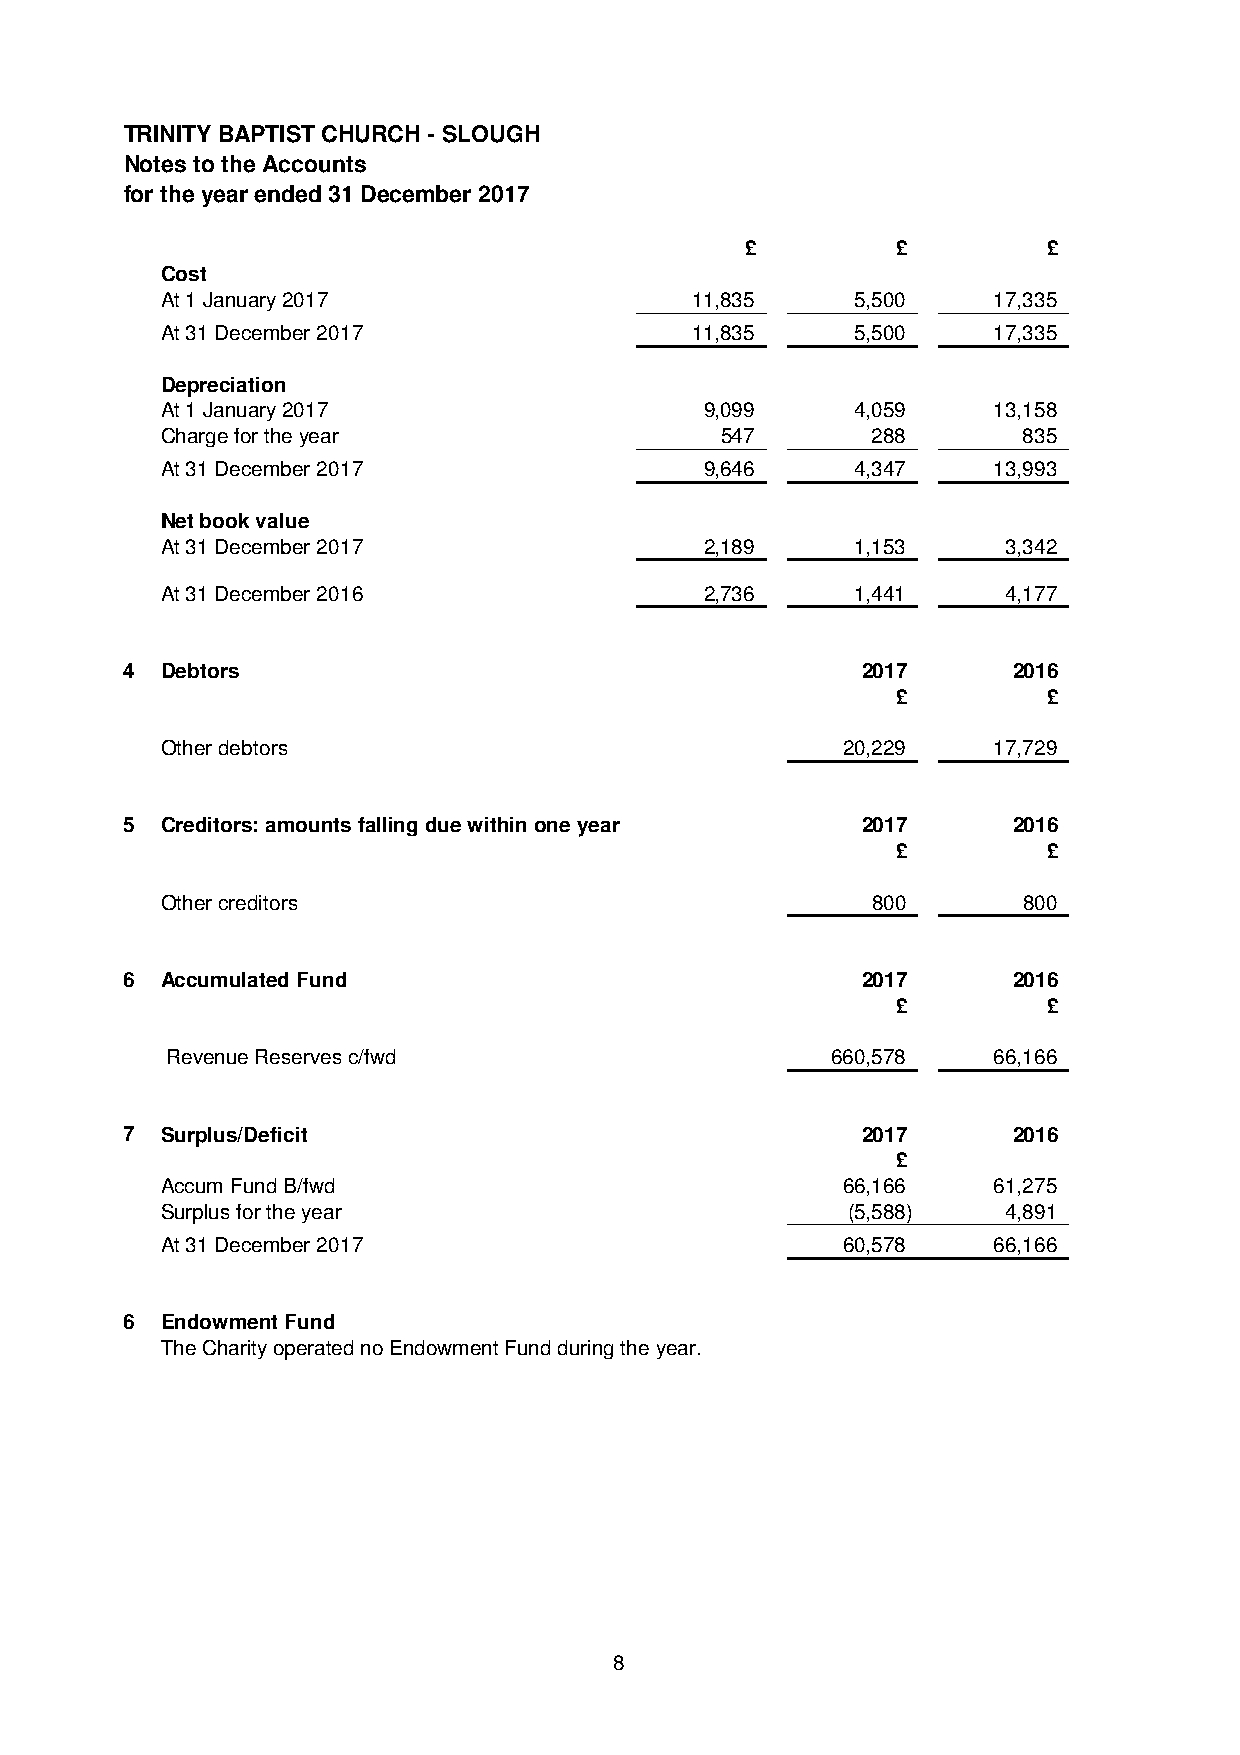
TRINITY BAPTIST CHURCH - SLOUGH
 Notes to the Accounts
 for the year ended 31 December 2017
 £         £         £
 Cost
 At 1 January 2017                  11,835     5,500    17,335
 At 31 December 2017                11,835     5,500    17,335
 Depreciation
 At 1 January 2017                   9,099     4,059    13,158
 Charge for the year                  547       288       835
 At 31 December 2017                 9,646     4,347    13,993
 Net book value
 At 31 December 2017                 2,189     1,153     3,342
 At 31 December 2016                 2,736     1,441     4,177
 4  Debtors                                       2017      2016
 £         £
 Other debtors                                20,229    17,729
 5  Creditors: amounts falling due within one year 2017     2016
 £         £
 OOtthheerr ccrreeddiittoorrss                  880000    880000
 6  Accumulated Fund                              2017      2016
 £         £
 Revenue Reserves c/fwd                      660,578    66,166
 7  Surplus/Deficit                               2017      2016
 £
 Accum Fund B/fwd                             66,166    61,275
 Surplus for the year                         (5,588)    4,891
 At 31 December 2017                          60,578    66,166
 6  Endowment Fund
 The Charity operated no Endowment Fund during the year.
 8